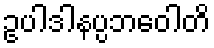
ဥပါဒါနပ္ပဘဝေါတိ